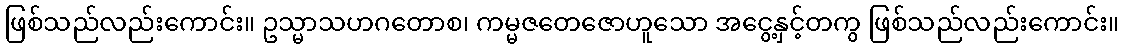
ဖြစ်သည်လည်းကောင်း။ ဥသ္မာသဟဂတောစ၊ ကမ္မဇတေဇောဟူသော အငွေ့နှင့်တကွ ဖြစ်သည်လည်းကောင်း။